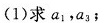
(1)求a_{1}，a_{3}；